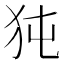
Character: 㹠